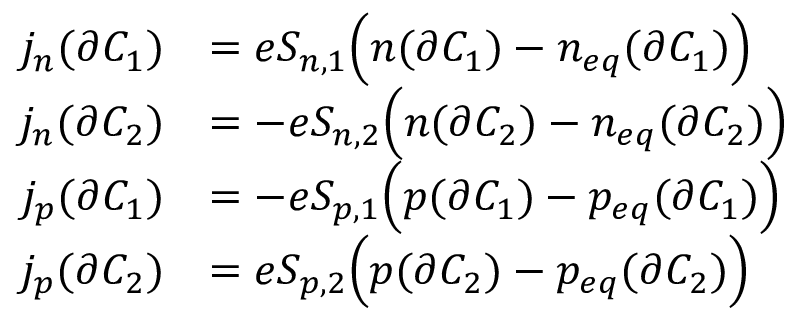
\begin{array} { r } { \begin{array} { r l } { j _ { n } ( \partial C _ { 1 } ) } & { = e S _ { n , 1 } \Big ( n ( \partial C _ { 1 } ) - n _ { e q } ( \partial C _ { 1 } ) \Big ) } \\ { j _ { n } ( \partial C _ { 2 } ) } & { = - e S _ { n , 2 } \Big ( n ( \partial C _ { 2 } ) - n _ { e q } ( \partial C _ { 2 } ) \Big ) } \\ { j _ { p } ( \partial C _ { 1 } ) } & { = - e S _ { p , 1 } \Big ( p ( \partial C _ { 1 } ) - p _ { e q } ( \partial C _ { 1 } ) \Big ) } \\ { j _ { p } ( \partial C _ { 2 } ) } & { = e S _ { p , 2 } \Big ( p ( \partial C _ { 2 } ) - p _ { e q } ( \partial C _ { 2 } ) \Big ) } \end{array} } \end{array}